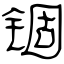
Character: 锢